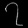
Digit: ၇